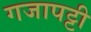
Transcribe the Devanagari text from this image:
गजापट्टी